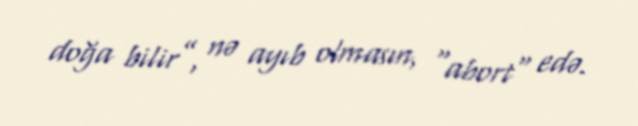
doğa bilir”, nə ayıb olmasın, "abort" edə.